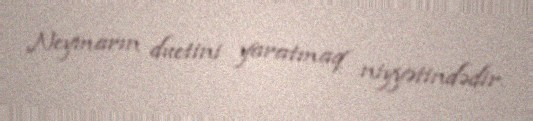
Neymarın duetini yaratmaq niyyətindədir.